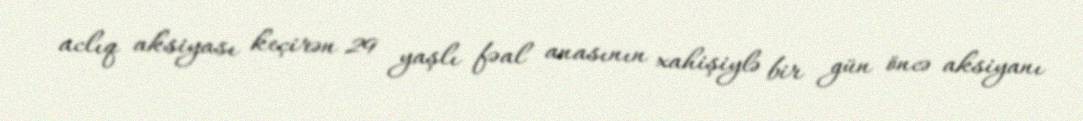
aclıq aksiyası keçirən 29 yaşlı fəal anasının xahişiylə bir gün öncə aksiyanı